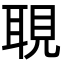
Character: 𦖃